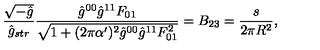
\frac { \sqrt { - \hat { g } } } { \hat { g } _ { s t r } } \frac { \hat { g } ^ { 0 0 } \hat { g } ^ { 1 1 } F _ { 0 1 } } { \sqrt { 1 + ( 2 \pi \alpha ^ { \prime } ) ^ { 2 } \hat { g } ^ { 0 0 } \hat { g } ^ { 1 1 } F _ { 0 1 } ^ { 2 } } } = B _ { 2 3 } = \frac { s } { 2 \pi R ^ { 2 } } ,